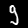
Label: 9